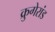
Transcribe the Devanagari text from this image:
क्रुगेरांड